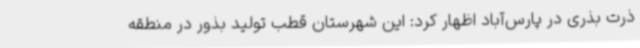
ذرت بذری در پارس‌آباد اظهار کرد: این شهرستان قطب تولید بذور در منطقه